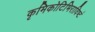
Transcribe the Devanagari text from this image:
कृमिकोटिभिराविष्टं